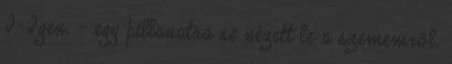
I-Igen. - egy pillanatra se nézett le a szememről.